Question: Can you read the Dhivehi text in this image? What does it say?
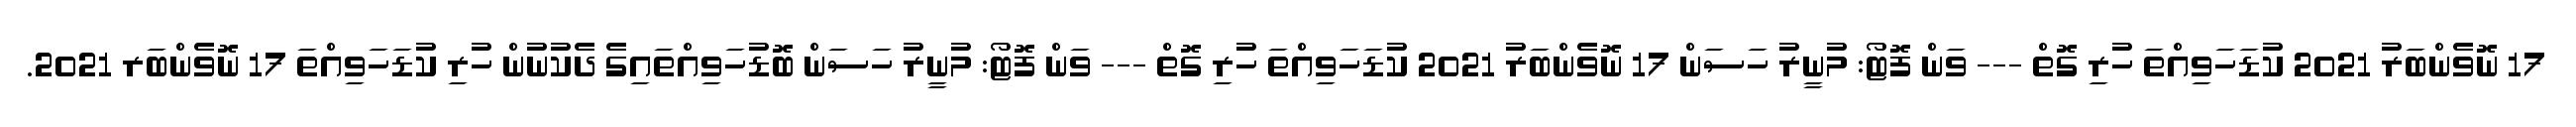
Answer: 17 ނޮވެންބަރު 2021 ކުޑަހަވިއްތަ ހުރި ގޮތް --- ވަން ފޮޓޯ: މުނީރު ހަސަން 17 ނޮވެންބަރު 2021 ކުޑަހަވިއްތަ ހުރި ގޮތް --- ވަން ފޮޓޯ: މުނީރު ހަސަން ބޮޑުހަވިއްތައިގެ ދެކުނުން ހުރި ކުޑަހަވިއްތަ 17 ނޮވެންބަރ 2021.